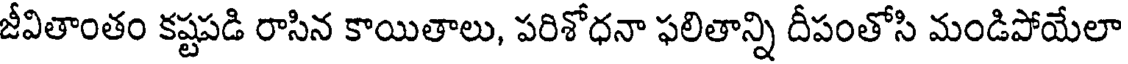
జీవితాంతం కష్టపడి రాసిన కాయితాలు, పరిశోధనా ఫలితాన్ని దీపంతోసి మండిపోయేలా